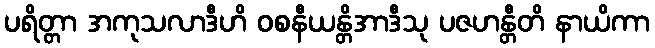
ပရိတ္တာ အကုသလာဒီဟိ ဝစနီယန္တိအာဒီသု ပဇဟန္တီတိ နာယိကာ